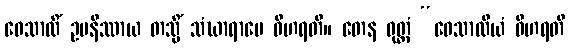
ဝေသာလိံ ဥပနိဿာယ တသ္မိံ သံဃာရာမေ ဝိဟရတိ။ တေန ဝုတ္တံ “ဝေသာလိယံ ဝိဟရတိ